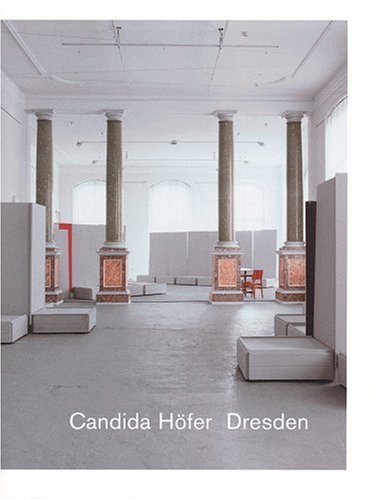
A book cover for Candida Hofer: Dresden; Health, Fitness & Dieting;